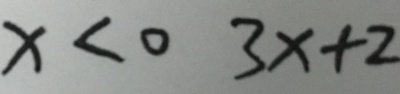
x < 0 3 x + 2